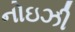
નોઇઝી